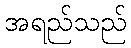
အရည်သည်